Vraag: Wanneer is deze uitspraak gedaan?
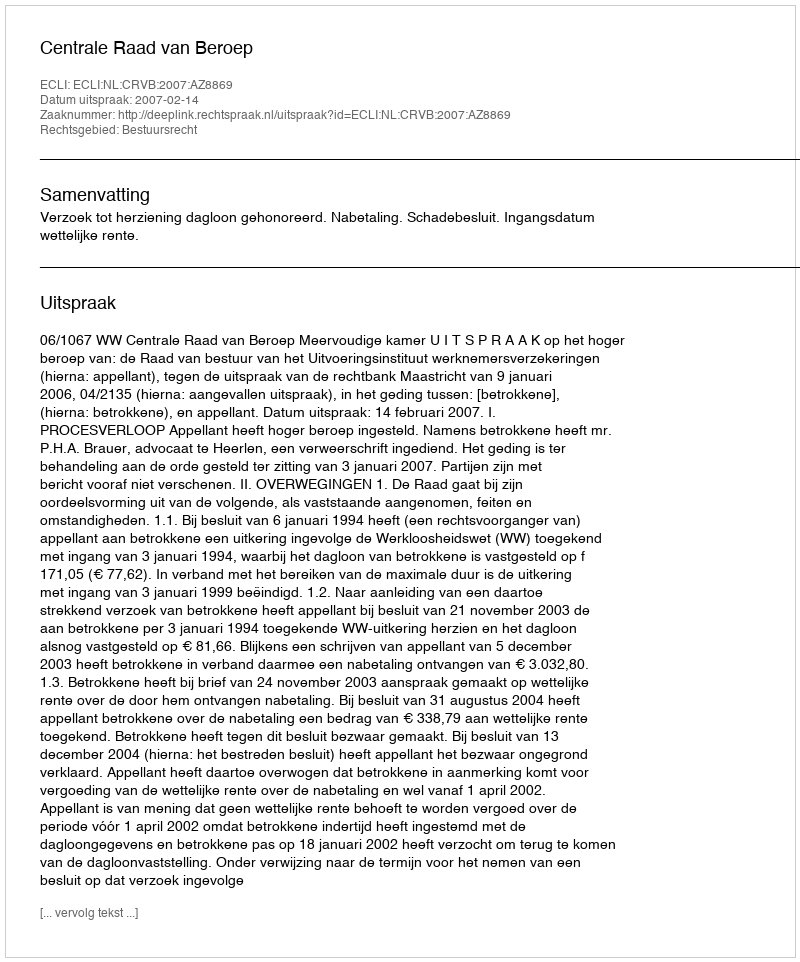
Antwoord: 2007-02-14